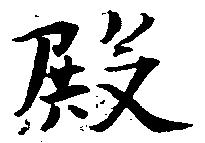
殿